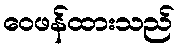
ဝေဖန်ထားသည်